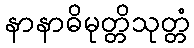
နာနာဓိမုတ္တိသုတ္တံ